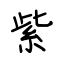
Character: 紫